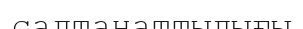
салтанаттылығы